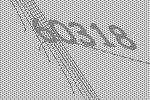
60318